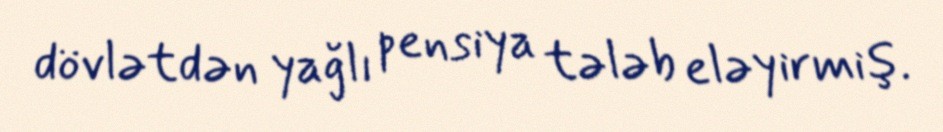
dövlətdən yağlı pensiya tələb eləyirmiş.